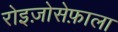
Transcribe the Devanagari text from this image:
रोइज़ोसेफ़ाला